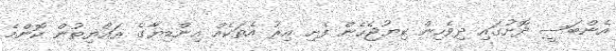
އެންބަސީ ދޮށުގައި ދިވެހިން ކިޔުޖެހެން ފެށި އިރު އެތަކެއް އިންޑިޔާގެ ރައްޔިތުން ކޮންމެ